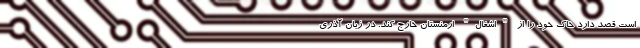
است قصد دارد خاک خود را از "اشغال" ارمنستان خارج کند. در زبان آذری